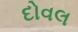
દોવલ